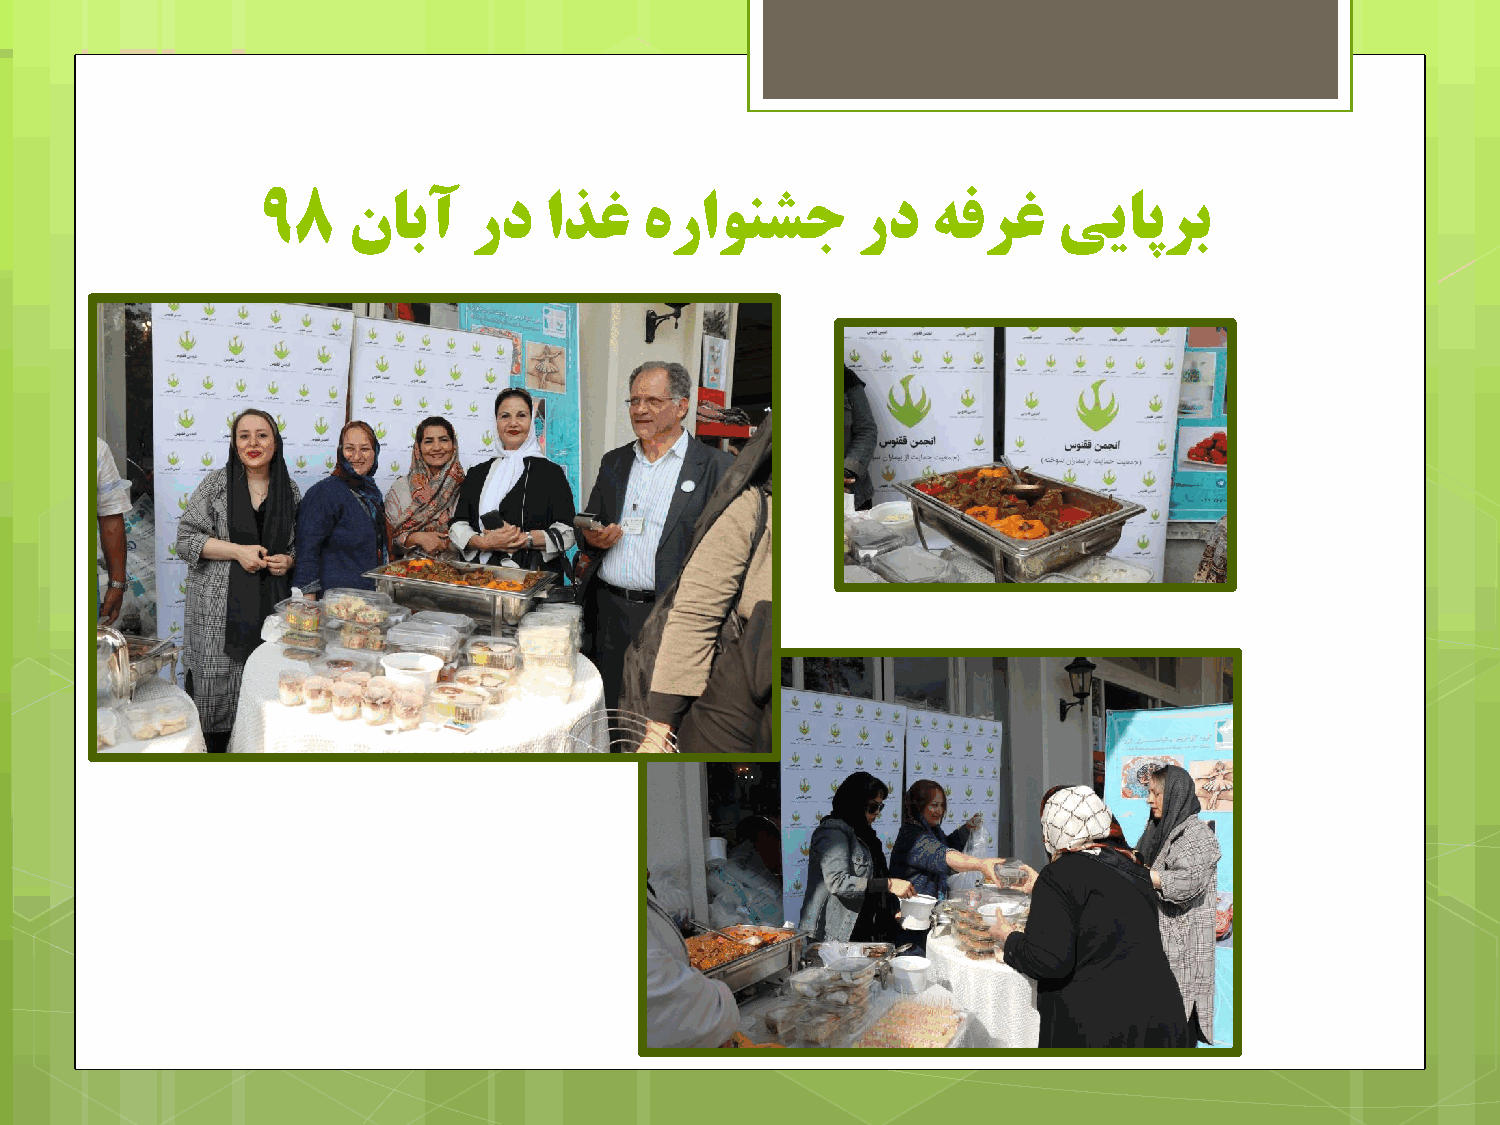
98    نابآ    رد   اذغ    ٌراًىطج       رد   ٍفزغ    ییاپزب